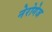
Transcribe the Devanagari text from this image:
नेरोगेज